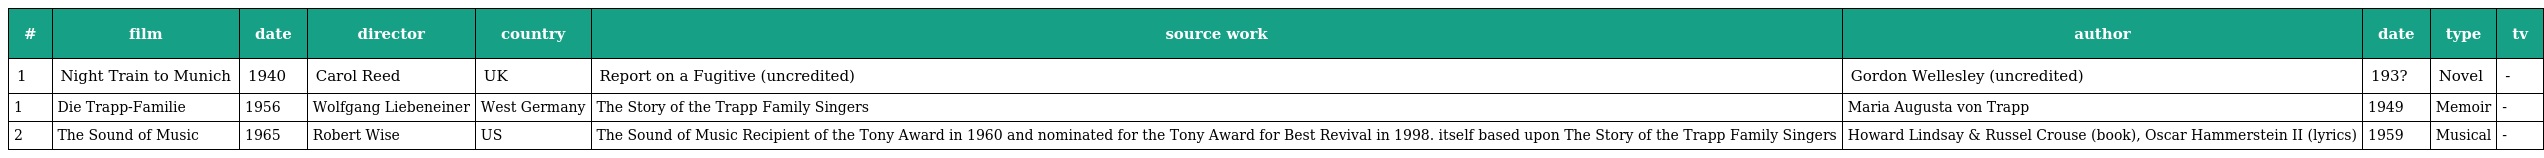
| # | film | date | director | country | source work | author | date | type | tv |
 | --- | --- | --- | --- | --- | --- | --- | --- | --- | --- |
 | 1 | Night Train to Munich | 1940 | Carol Reed | UK | Report on a Fugitive (uncredited) | Gordon Wellesley (uncredited) | 193? | Novel | - |
 | 1 | Die Trapp-Familie | 1956 | Wolfgang Liebeneiner | West Germany | The Story of the Trapp Family Singers | Maria Augusta von Trapp | 1949 | Memoir | - |
 | 2 | The Sound of Music | 1965 | Robert Wise | US | The Sound of Music Recipient of the Tony Award in 1960 and nominated for the Tony Award for Best Revival in 1998. itself based upon The Story of the Trapp Family Singers | Howard Lindsay & Russel Crouse (book), Oscar Hammerstein II (lyrics) | 1959 | Musical | - |